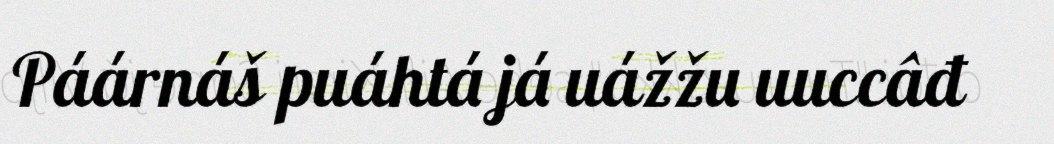
Páárnáš puáhtá já uážžu uuccâđ